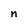
Character: n